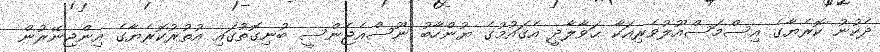
ދެކުނު ކޮރެޔާގެ އިސްމަސްއޫލުވެރިއަކާ ޙަވާލާދީ އެޤައުމުގެ ޔުންހާބު ނޫސްއެޖެންސީ ބުނިގޮތުގައި އުތުރުކޮރެޔާގެ އިންޖިނޭރުން